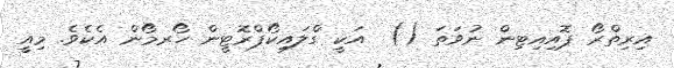
އިރިތްރޯ ޕޮއިއިޓިން ނުވަތަ ()  އަކީ ގްލައިކޯޕްރޮޓީން ހޯރމޯން އެކެވެ. މިއީ